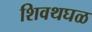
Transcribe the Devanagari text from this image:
शिवथघळ